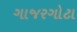
ગાજરગોટા